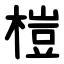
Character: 榿